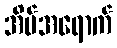
အိမ်အရောက်